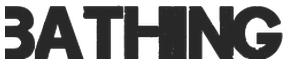
BATHING